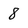
Character: 8